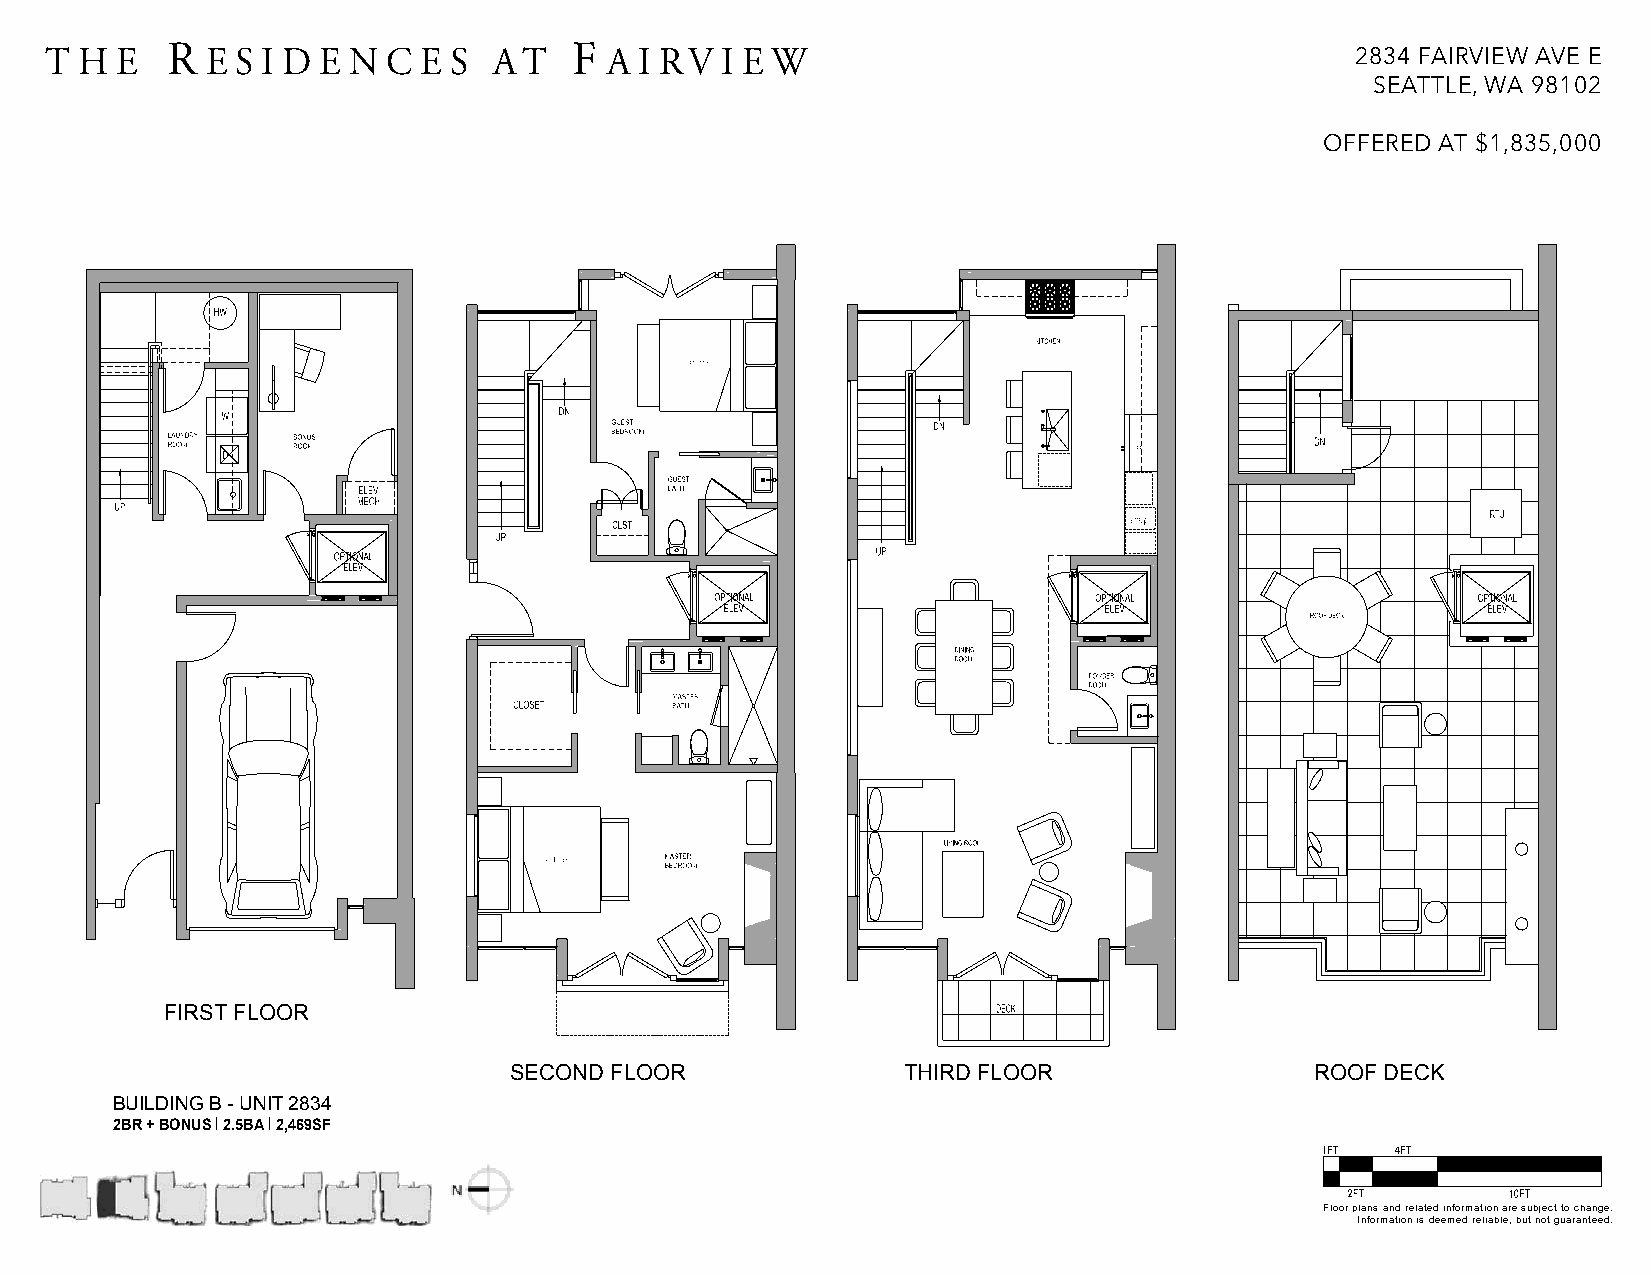
T H  E  R  E S I D E N C E S  AT   F A I RV  I E W                                     2834 FAIRVIEW AVE E
 SEATTLE, WA 98102
 OFFERED AT $1,835,000
 FIRST FLOOR
 SECOND FLOOR              THIRD FLOOR                ROOF DECK
 BUILDING B - UNIT 2834
 2BR + BONUS | 2.5BA | 2,469SF
 Floor plans and related information are subject to change.
 Information is deemed reliable, but not guaranteed.